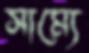
সাম্যে